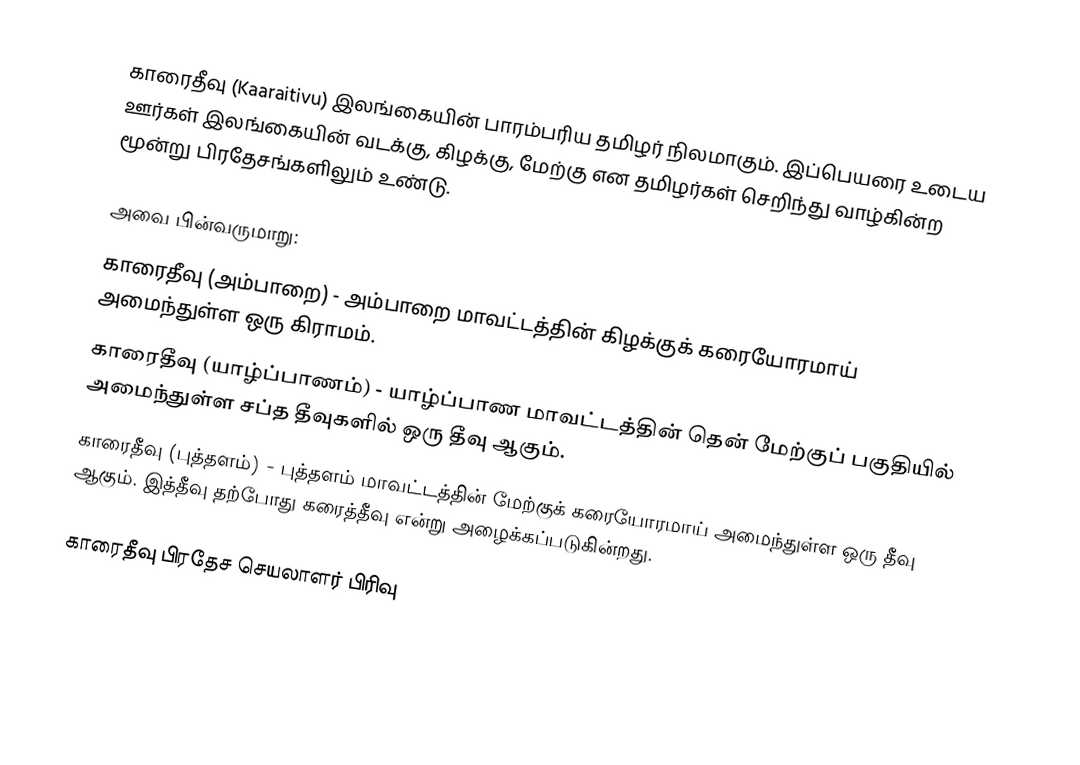
காரைதீவு (Kaaraitivu) இலங்கையின் பாரம்பரிய தமிழர் நிலமாகும். இப்பெயரை உடைய ஊர்கள் இலங்கையின் வடக்கு, கிழக்கு, மேற்கு என தமிழர்கள் செறிந்து வாழ்கின்ற மூன்று பிரதேசங்களிலும் உண்டு.

அவை பின்வருமாறு:
காரைதீவு (அம்பாறை) - அம்பாறை மாவட்டத்தின் கிழக்குக் கரையோரமாய் அமைந்துள்ள ஒரு கிராமம்.
காரைதீவு (யாழ்ப்பாணம்) - யாழ்ப்பாண மாவட்டத்தின் தென் மேற்குப் பகுதியில் அமைந்துள்ள சப்த தீவுகளில் ஒரு தீவு ஆகும்.
காரைதீவு (புத்தளம்) - புத்தளம் மாவட்டத்தின் மேற்குக் கரையோரமாய் அமைந்துள்ள ஒரு தீவு ஆகும். இத்தீவு தற்போது கரைத்தீவு என்று அழைக்கப்படுகின்றது.

காரைதீவு பிரதேச செயலாளர் பிரிவு